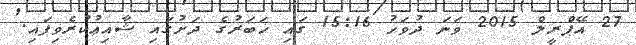
27 އޭޕްރީލް 2015 ވަނަ ދުވަހު 15:16 ގައި ޚަބަރުގެ ދަށުގައި ޝާއިޢުކުރެވިފައި.